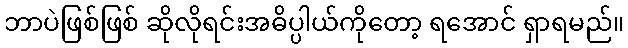
ဘာပဲဖြစ်ဖြစ် ဆိုလိုရင်းအဓိပ္ပါယ်ကိုတော့ ရအောင် ရှာရမည်။